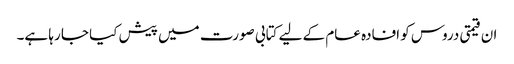
ان قیمتی دروس کو افادہ عام کے لیے کتابی صورت میں پیش کیا جا رہا ہے۔